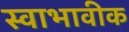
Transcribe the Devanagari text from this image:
स्वाभावीक